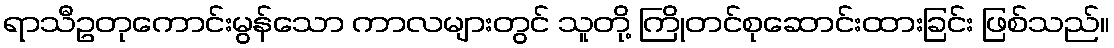
ရာသီဥတုကောင်းမွန်သော ကာလများတွင် သူတို့ ကြိုတင်စုဆောင်းထားခြင်း ဖြစ်သည်။